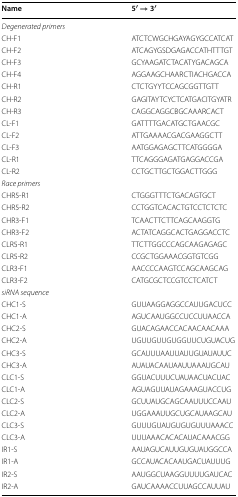
<table><thead><tr><td><b>Name</b></td><td><b>5′ → 3′</b></td></tr></thead><tbody><tr><td colspan="2"><i>Degenerated primers</i></td></tr><tr><td>CH-F1</td><td>ATCTCWGCHGAYAGYGCCATCAT</td></tr><tr><td>CH-F2</td><td>ATCAGYGSDGAGACCATHTTTGT</td></tr><tr><td>CH-F3</td><td>GCYAAGATCTACATYGACAGCA</td></tr><tr><td>CH-F4</td><td>AGGAAGCHAARCTIACHGACCA</td></tr><tr><td>CH-R1</td><td>CTCTGYYTCCAGCGGTTGTT</td></tr><tr><td>CH-R2</td><td>GAGITAYTCYCTCATGACITGYATR</td></tr><tr><td>CH-R3</td><td>CAGGCAGGCBGCAAARCACT</td></tr><tr><td>CL-F1</td><td>GATTTTGACATGCTGAACGC</td></tr><tr><td>CL-F2</td><td>ATTGAAAACGACGAAGGCTT</td></tr><tr><td>CL-F3</td><td>AATGGAGAGCTTCATGGGGA</td></tr><tr><td>CL-R1</td><td>TTCAGGGAGATGAGGACCGA</td></tr><tr><td>CL-R2</td><td>CCTGCTTGCTGGACTTGGG</td></tr><tr><td colspan="2"><i>Race primers</i></td></tr><tr><td>CHR5-R1</td><td>CTGGGTTTCTGACAGTGCT</td></tr><tr><td>CHR5-R2</td><td>CCTGGTCACACTGTCCTCTCTC</td></tr><tr><td>CHR3-F1</td><td>TCAACTTCTTCAGCAAGGTG</td></tr><tr><td>CHR3-F2</td><td>ACTATCAGGCACTGAGGACCTC</td></tr><tr><td>CLR5-R1</td><td>TTCTTGGCCCAGCAAGAGAGC</td></tr><tr><td>CLR5-R2</td><td>CCGCTGGAAACGGTGTCGG</td></tr><tr><td>CLR3-F1</td><td>AACCCCAAGTCCAGCAAGCAG</td></tr><tr><td>CLR3-F2</td><td>CATGCGCTCCGTCCTCATCT</td></tr><tr><td colspan="2"><i>siRNA sequence</i></td></tr><tr><td>CHC1-S</td><td>GUUAAGGAGGCCAUUGACUCC</td></tr><tr><td>CHC1-A</td><td>AGUCAAUGGCCUCCUUAACCA</td></tr><tr><td>CHC2-S</td><td>GUACAGAACCACAACAACAAA</td></tr><tr><td>CHC2-A</td><td>UGUUGUUGUGGUUCUGUACUG</td></tr><tr><td>CHC3-S</td><td>GCAUUUAAUUAUUGUAUAUUC</td></tr><tr><td>CHC3-A</td><td>AUAUACAAUAAUUAAAUGCAU</td></tr><tr><td>CLC1-S</td><td>GGUACUUUCUAUAACUACUAC</td></tr><tr><td>CLC1-A</td><td>AGUAGUUAUAGAAAGUACCUG</td></tr><tr><td>CLC2-S</td><td>GCUUAUGCAGCAAUUUCCAAU</td></tr><tr><td>CLC2-A</td><td>UGGAAAUUGCUGCAUAAGCAU</td></tr><tr><td>CLC3-S</td><td>GUUUGUAUGUGUGUUUAAACC</td></tr><tr><td>CLC3-A</td><td>UUUAAACACACAUACAAACGG</td></tr><tr><td>IR1-S</td><td>AAUAGUCAUUGUGUAUGGCCA</td></tr><tr><td>IR1-A</td><td>GCCAUACACAAUGACUAUUUG</td></tr><tr><td>IR2-S</td><td>AAUGGCUAAGGUUUUGAUCAC</td></tr><tr><td>IR2-A</td><td>GAUCAAAACCUUAGCCAUUAU</td></tr></tbody></table>